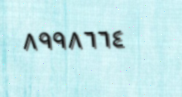
٨٩٩٨٦٦٤